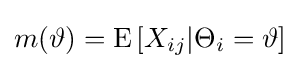
m(\vartheta )=\operatorname {E} \left[X_{ij}|\Theta _{i}=\vartheta \right]